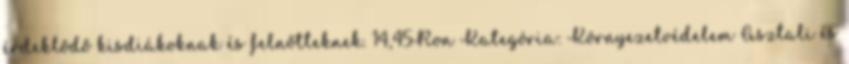
érdeklődő kisdiákoknak és felnőtteknek. 14,45Ron Kategória: Környezetvédelem Asztali és